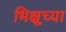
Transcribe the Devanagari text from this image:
भिक्षूच्या